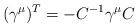
LaTeX: \begin{align*}(\gamma^\mu)^T=-C^{-1}\gamma^\mu C\end{align*}